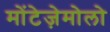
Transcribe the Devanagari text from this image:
मोंटेज़ेमोलो